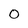
Character: O